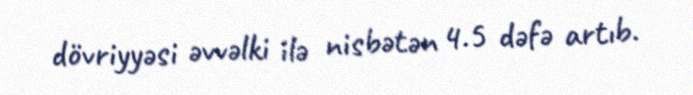
dövriyyəsi əvvəlki ilə nisbətən 4.5 dəfə artıb.